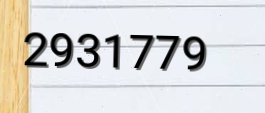
2931779